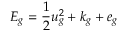
E _ { g } = \frac { 1 } { 2 } u _ { g } ^ { 2 } + k _ { g } + e _ { g }